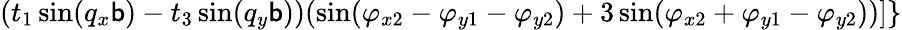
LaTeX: (t_{1}\sin(q_{x}\mathsf{b})-t_{3}\sin(q_{y}\mathsf{b}))(\sin(\varphi_{x2}-\varphi_{y1}-\varphi_{y2})+3\sin(\varphi_{x2}+\varphi_{y1}-\varphi_{y2}))]\}